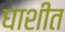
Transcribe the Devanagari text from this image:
घाशीत